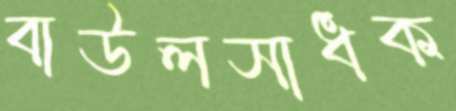
বাউলসাধক